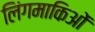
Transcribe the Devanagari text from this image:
लिंगमाकिओं